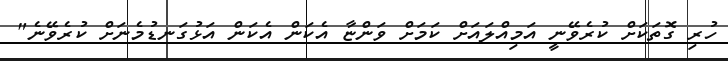
ހުރި ގޮތަކަށް ކުރެވޭނީ އަމިއްލައަށް ކަމަށް ވަންޏާ އެކަން އެކަން އަޅުގަނޑުމެނަށް ކުރެވޭނެ"